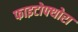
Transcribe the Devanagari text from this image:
फाइटोफ्थोरा